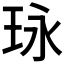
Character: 𤤯